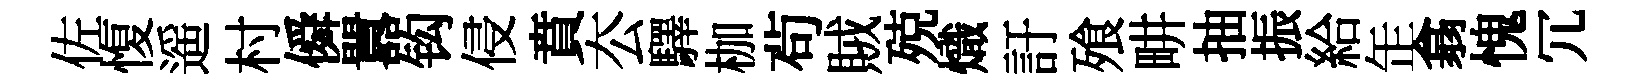
佐愎遥村僢囂钩侵賁厺驛枷茍賊殑熾訏飱畊抽振給𦈢翕愧冗